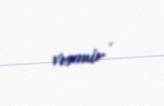
vermir .